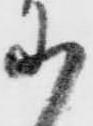
に